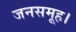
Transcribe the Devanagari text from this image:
जनसमूह।